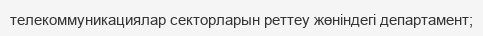
телекоммуникациялар секторларын реттеу жөніндегі департамент;